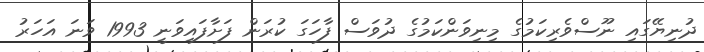
ދުނިޔޭގައި ނޫސްވެރިކަމުގެ މިނިވަންކަމުގެ ދުވަސް ފާހަގަ ކުރަން ފަށާފައިވަނީ 1993 ވަނަ އަހަރު